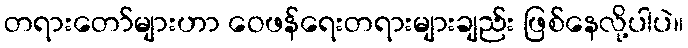
တရားတော်များဟာ ဝေဖန်ရေးတရားများချည်း ဖြစ်နေလို့ပါပဲ။